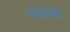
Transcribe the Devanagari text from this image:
बढचढ